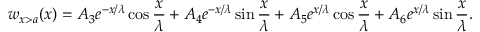
w _ { x > a } ( x ) = A _ { 3 } e ^ { - x / \lambda } \cos { \frac { x } { \lambda } } + A _ { 4 } e ^ { - x / \lambda } \sin { \frac { x } { \lambda } } + A _ { 5 } e ^ { x / \lambda } \cos { \frac { x } { \lambda } } + A _ { 6 } e ^ { x / \lambda } \sin { \frac { x } { \lambda } } .